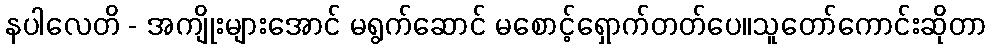
နပါလေတိ - အကျိုးများအောင် မရွက်ဆောင် မစောင့်ရှောက်တတ်ပေ။သူတော်ကောင်းဆိုတာ